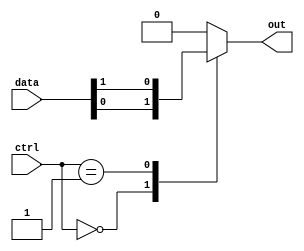
module mux_64_to_1 (
    input [63:0] data,
    input [5:0] ctrl,
    output reg out
);

always @(*) begin
    case (ctrl)
        6'b000000: out = data[0];
        6'b000001: out = data[1];
        // Continue with the remaining cases for data[2] to data[63]
        default: out = 0; // Default case where no data is selected
    endcase
end

endmodule